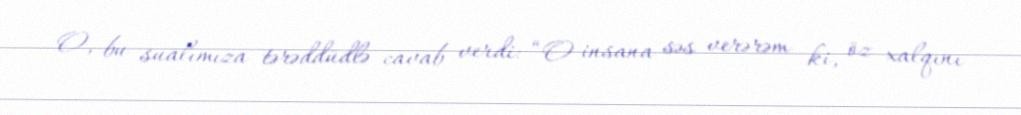
O, bu sualımıza tərəddüdlə cavab verdi: “O insana səs verərəm ki, öz xalqını